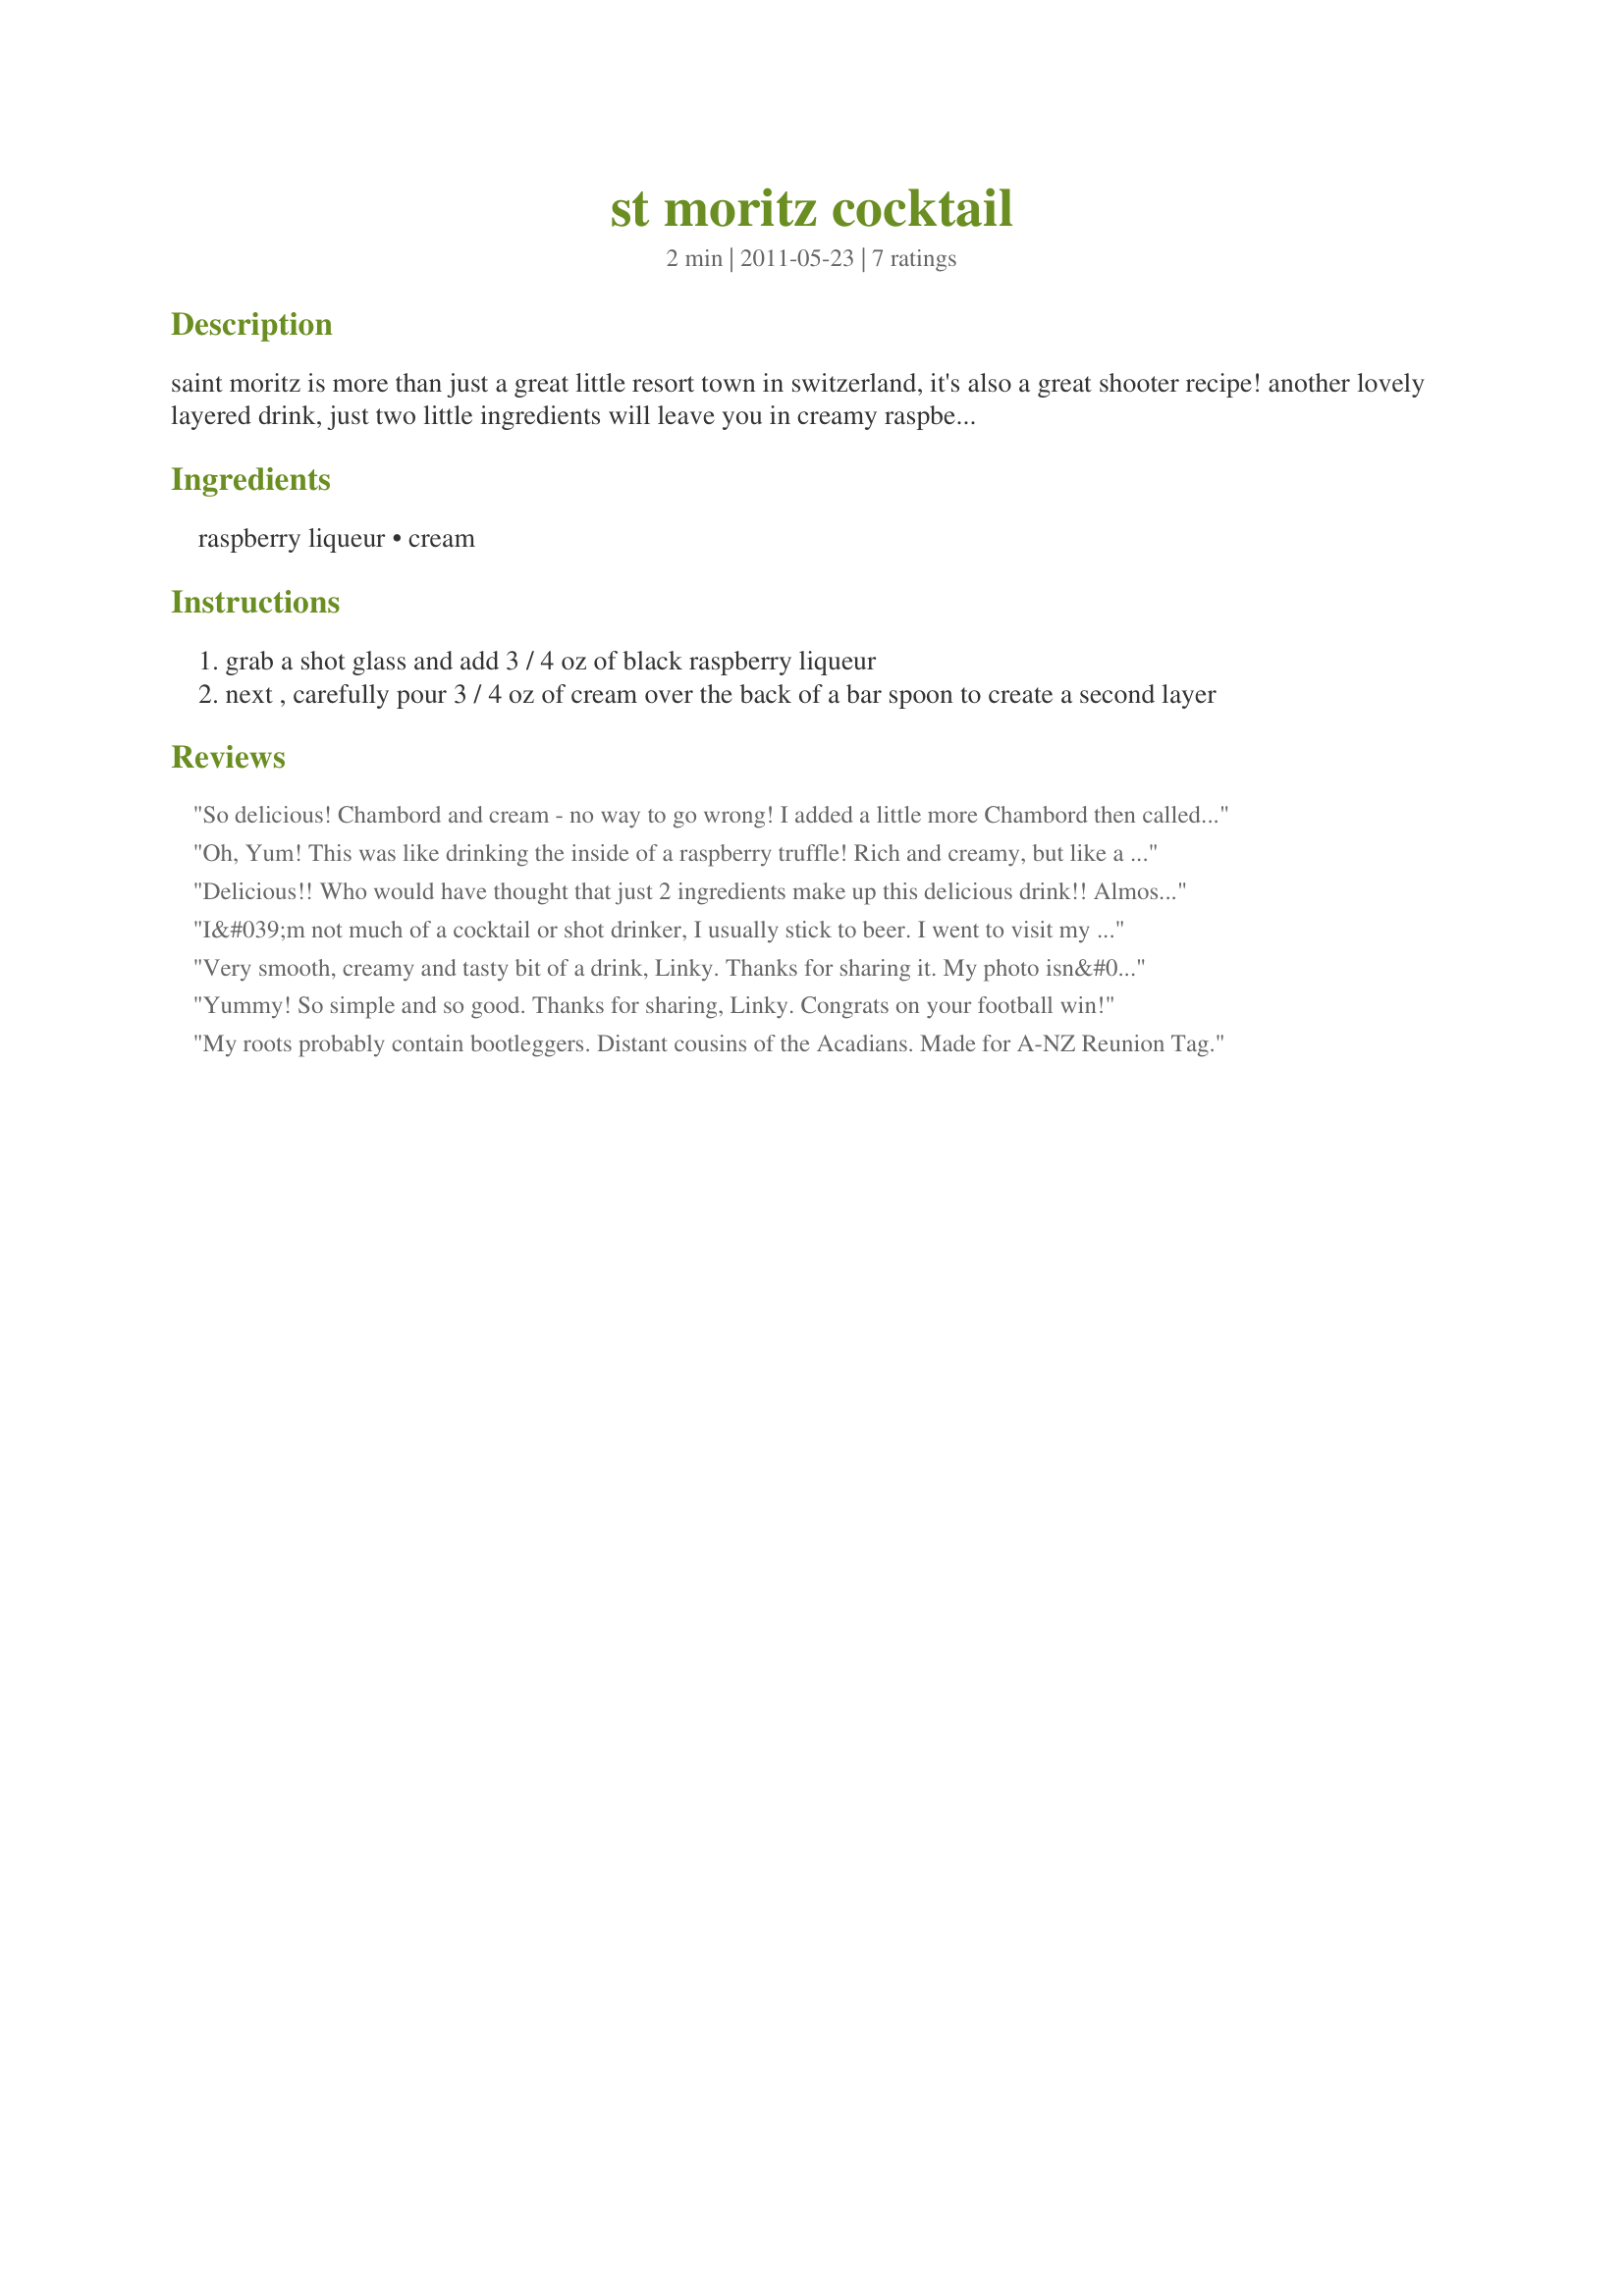
st moritz cocktail
Preparation time: 2 minutes

saint moritz is more than just a great little resort town in switzerland, it's also a great shooter recipe! another lovely layered drink, just two little ingredients will leave you in creamy raspberry bliss in no time. if you want to go all out, consider garnishing with whipped cream. enjoy!

Ingredients:
raspberry liqueur, cream

Steps:
grab a shot glass and add 3 / 4 oz of black raspberry liqueur
next , carefully pour 3 / 4 oz of cream over the back of a bar spoon to create a second layer

Reviews:
So delicious! Chambord and cream - no way to go wrong! I added a little more Chambord then called for, this was a great dessert before bedtime treat! Made by one of the Toasted Tourists for the 2015 Culinary Quest
Oh, Yum! This was like drinking the inside of a raspberry truffle! Rich and creamy, but like a good truffle, just a little bit is needed to satisfy. Made for ZWT7- Emerald City Shakers
Delicious!! Who would have thought that just 2 ingredients make up this delicious drink!! Almost like a raspberry milkshake. Thanks so much for sharing your recipe Linky!! Made for your win in the football pool!
I&#039;m not much of a cocktail or shot drinker, I usually stick to beer. I went to visit my GF at the tavern that she is the manager and bartender. I wrote down the 2 simple ingredients and took them with to have her make me one. She made two of them, one for each her and myself. Both of us really enjoyed it. She plans to add them to the light-up board as a special to serve there. Thanks for sharing this. Made for Team LBOB for CQ 2015
Very smooth, creamy and tasty bit of a drink, Linky. Thanks for sharing it. My photo isn&#039;t all that good, as all I have right now is my cell phone which doesn&#039;t take the best photos. But it was well worth trying. Made for Culinary Quest 2015 (Swiss)
Yummy! So simple and so good. Thanks for sharing, Linky. Congrats on your football win!
My roots probably contain bootleggers. Distant cousins of the Acadians. Made for A-NZ Reunion Tag.
